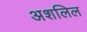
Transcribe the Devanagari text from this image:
अशलिल